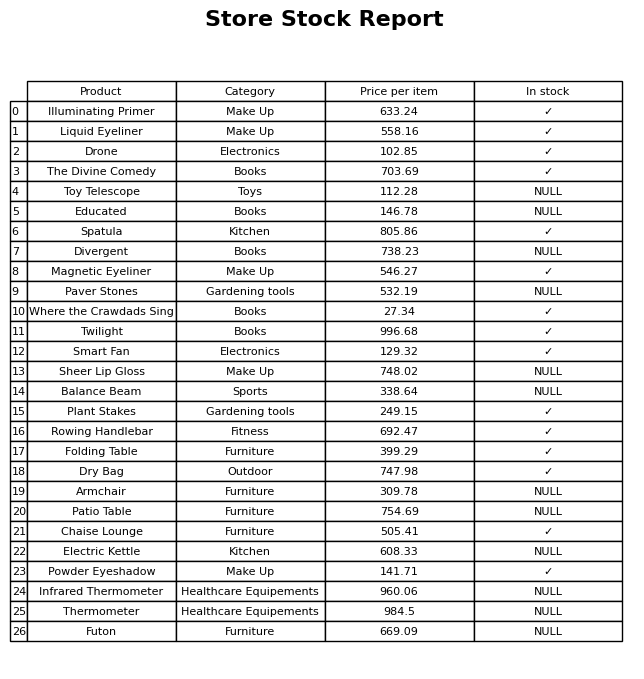
question: What category does the Armchair belong to?
answer: Furniture